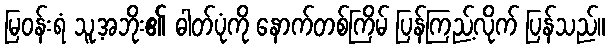
မြဝန်းရံ သူ့အဘိုး၏ ဓါတ်ပုံကို နောက်တစ်ကြိမ် ပြန်ကြည့်လိုက် ပြန်သည်။